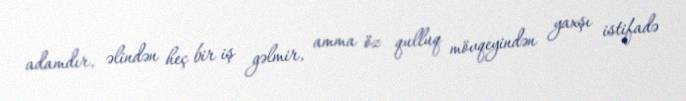
adamdır, əlindən heç bir iş gəlmir, amma öz qulluq mövqeyindən yaxşı istifadə